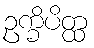
ဥက္ခိပိတ္ထ